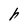
Character: h